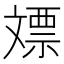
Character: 𣁡